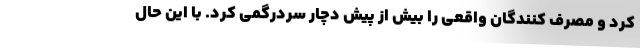
کرد و مصرف کنندگان واقعی را بیش از پیش دچار سردرگمی کرد. با این حال